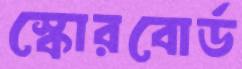
স্কোরবোর্ড